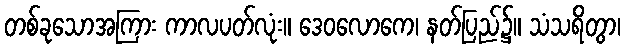
တစ်ခုသောအကြား ကာလပတ်လုံး။ ဒေဝလောကေ၊ နတ်ပြည်၌။ သံသရိတွာ၊